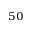
^ { 5 0 }